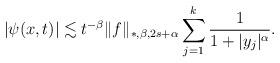
LaTeX: \begin{align*}|\psi(x, t)|\lesssim t^{-\beta}\|f\|_{*, \beta, 2s+\alpha}\sum_{j=1}^k\frac{1}{1+|y_j|^\alpha}.\end{align*}